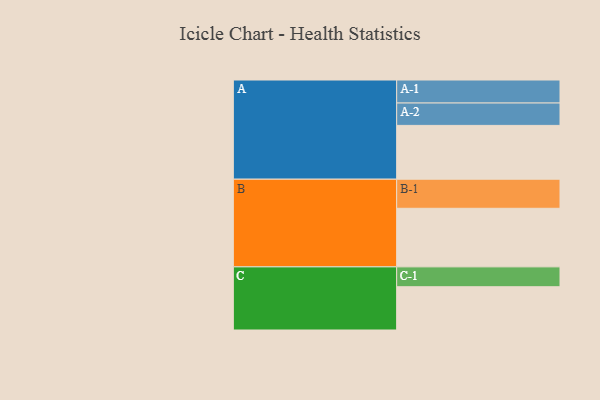
{"axis": {"x": "Segment", "y": "Value"}, "legend": ["", "A", "B", "C"], "data": [{"x": "A", "y": 531, "type": ""}, {"x": "B", "y": 578, "type": ""}, {"x": "C", "y": 427, "type": ""}, {"x": "A-1", "y": 227, "type": "A"}, {"x": "A-2", "y": 221, "type": "A"}, {"x": "B-1", "y": 287, "type": "B"}, {"x": "C-1", "y": 196, "type": "C"}]}